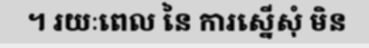
។ រយៈពេល នៃ ការស្នើសុំ មិន